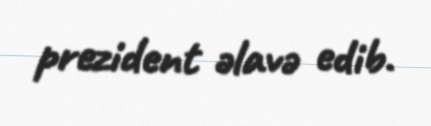
prezident əlavə edib.